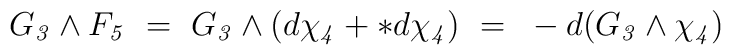
G_{\it3}\wedge F_{\it5}~=~ G_{\it3}\wedge (d\chi_{\it4} + *d\chi_{\it4})~=~-d(G_{\it3}\wedge \chi_{\it4})